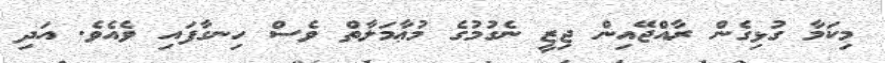
މިކަމާ ގުޅިގެން ރާއްޖޭއިން ޖިޒީ ނެގުމުގެ މުޢާމަލާތް ވެސް ހިނގާފައި ވެއެވެ. އަދި